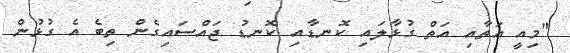
"މިއީ އަތާއި އަތް ގުޅާލައި ކޮނޑާއި ކޮނޑު ޖައްސައިގެން ތިބެ އެ ގުޅުން